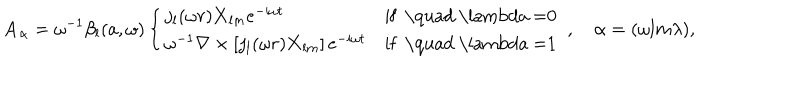
LaTeX: { \mathbf { A } } _ { \alpha } = \omega ^ { - 1 } \beta _ { l } ( a , \omega ) \left\{ \begin{array} { l l } { { j _ { l } ( \omega r ) { \mathbf { X } } _ { l m } e ^ { - i \omega t } } } & { { \textrm { i f \quad \lambda = 0 } } } \\ { { \omega ^ { - 1 } \nabla \times \left[ j _ { l } ( \omega r ) { \mathbf { X } } _ { l m } \right] e ^ { - i \omega t } } } & { { { \textrm { i f \quad \lambda = 1 } } } } \\ \end{array} \right. , \quad \alpha = ( { \omega l m \lambda } ) ,